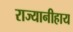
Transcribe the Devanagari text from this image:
राज्यानीहाय